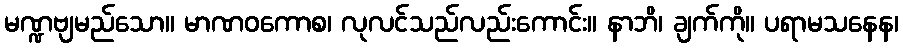
မဏ္ဍဗျမည်သော။ မာဏဝကောစ၊ လုလင်သည်လည်းကောင်း။ နာဘိ၊ ချက်ကို။ ပရာမသနေန၊